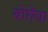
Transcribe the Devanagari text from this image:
बोरोंचा